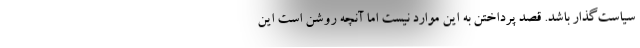
سیاست‌گذار باشد. قصد پرداختن به این موارد نیست اما آنچه روشن است این